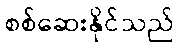
စစ်ဆေးနိုင်သည်